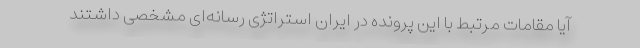
آیا مقامات مرتبط با این پرونده در ایران استراتژی رسانه‌ای مشخصی داشتند